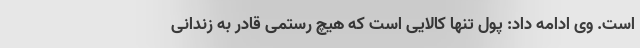
است. وی ادامه داد: پول تنها کالایی است که هیچ رستمی قادر به زندانی